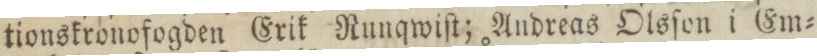
tionskronofogden Erik Runqwiſt; Andreas Olsſon i Em=